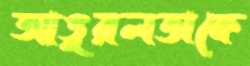
আঙুরলতাকে